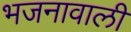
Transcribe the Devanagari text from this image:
भजनावाली